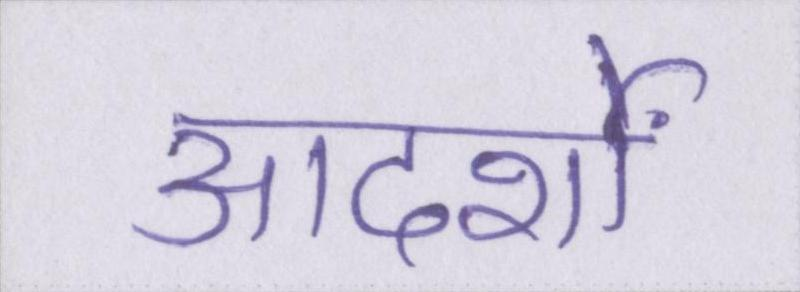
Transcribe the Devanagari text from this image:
आदर्शों